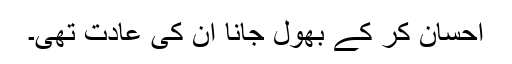
احسان کر کے بھول جانا ان کی عادت تھی۔